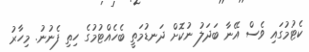
ކެޓުމުގައި ވެސް އޭނާ ބަދަލު ނުކޮށް ދަނޑުމަތީ ބެހެއްޓުމުގެ ހިތި ފެނުނު. މިހާރު